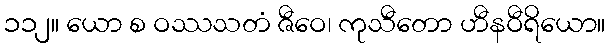
၁၁၂။ ယော စ ဝဿသတံ ဇီဝေ၊ ကုသီတော ဟီနဝီရိယော။